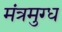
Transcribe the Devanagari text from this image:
मंत्रमुग्‍ध